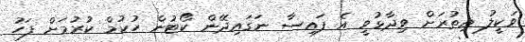
ވަކީލު އިތުރަށް ވިދާޅުވީ އެ ފައިސާ ނަގައިދޭން ކޯޓުން ހުކުމް ކުރުމަށް ފަހު